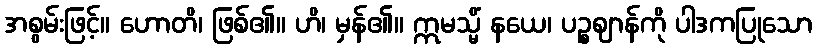
အစွမ်းဖြင့်။ ဟောတိ၊ ဖြစ်၏။ ဟိ၊ မှန်၏။ ဣမသ္မိံ နယေ၊ ပဉ္စဈာန်ကို ပါဒကပြုသော